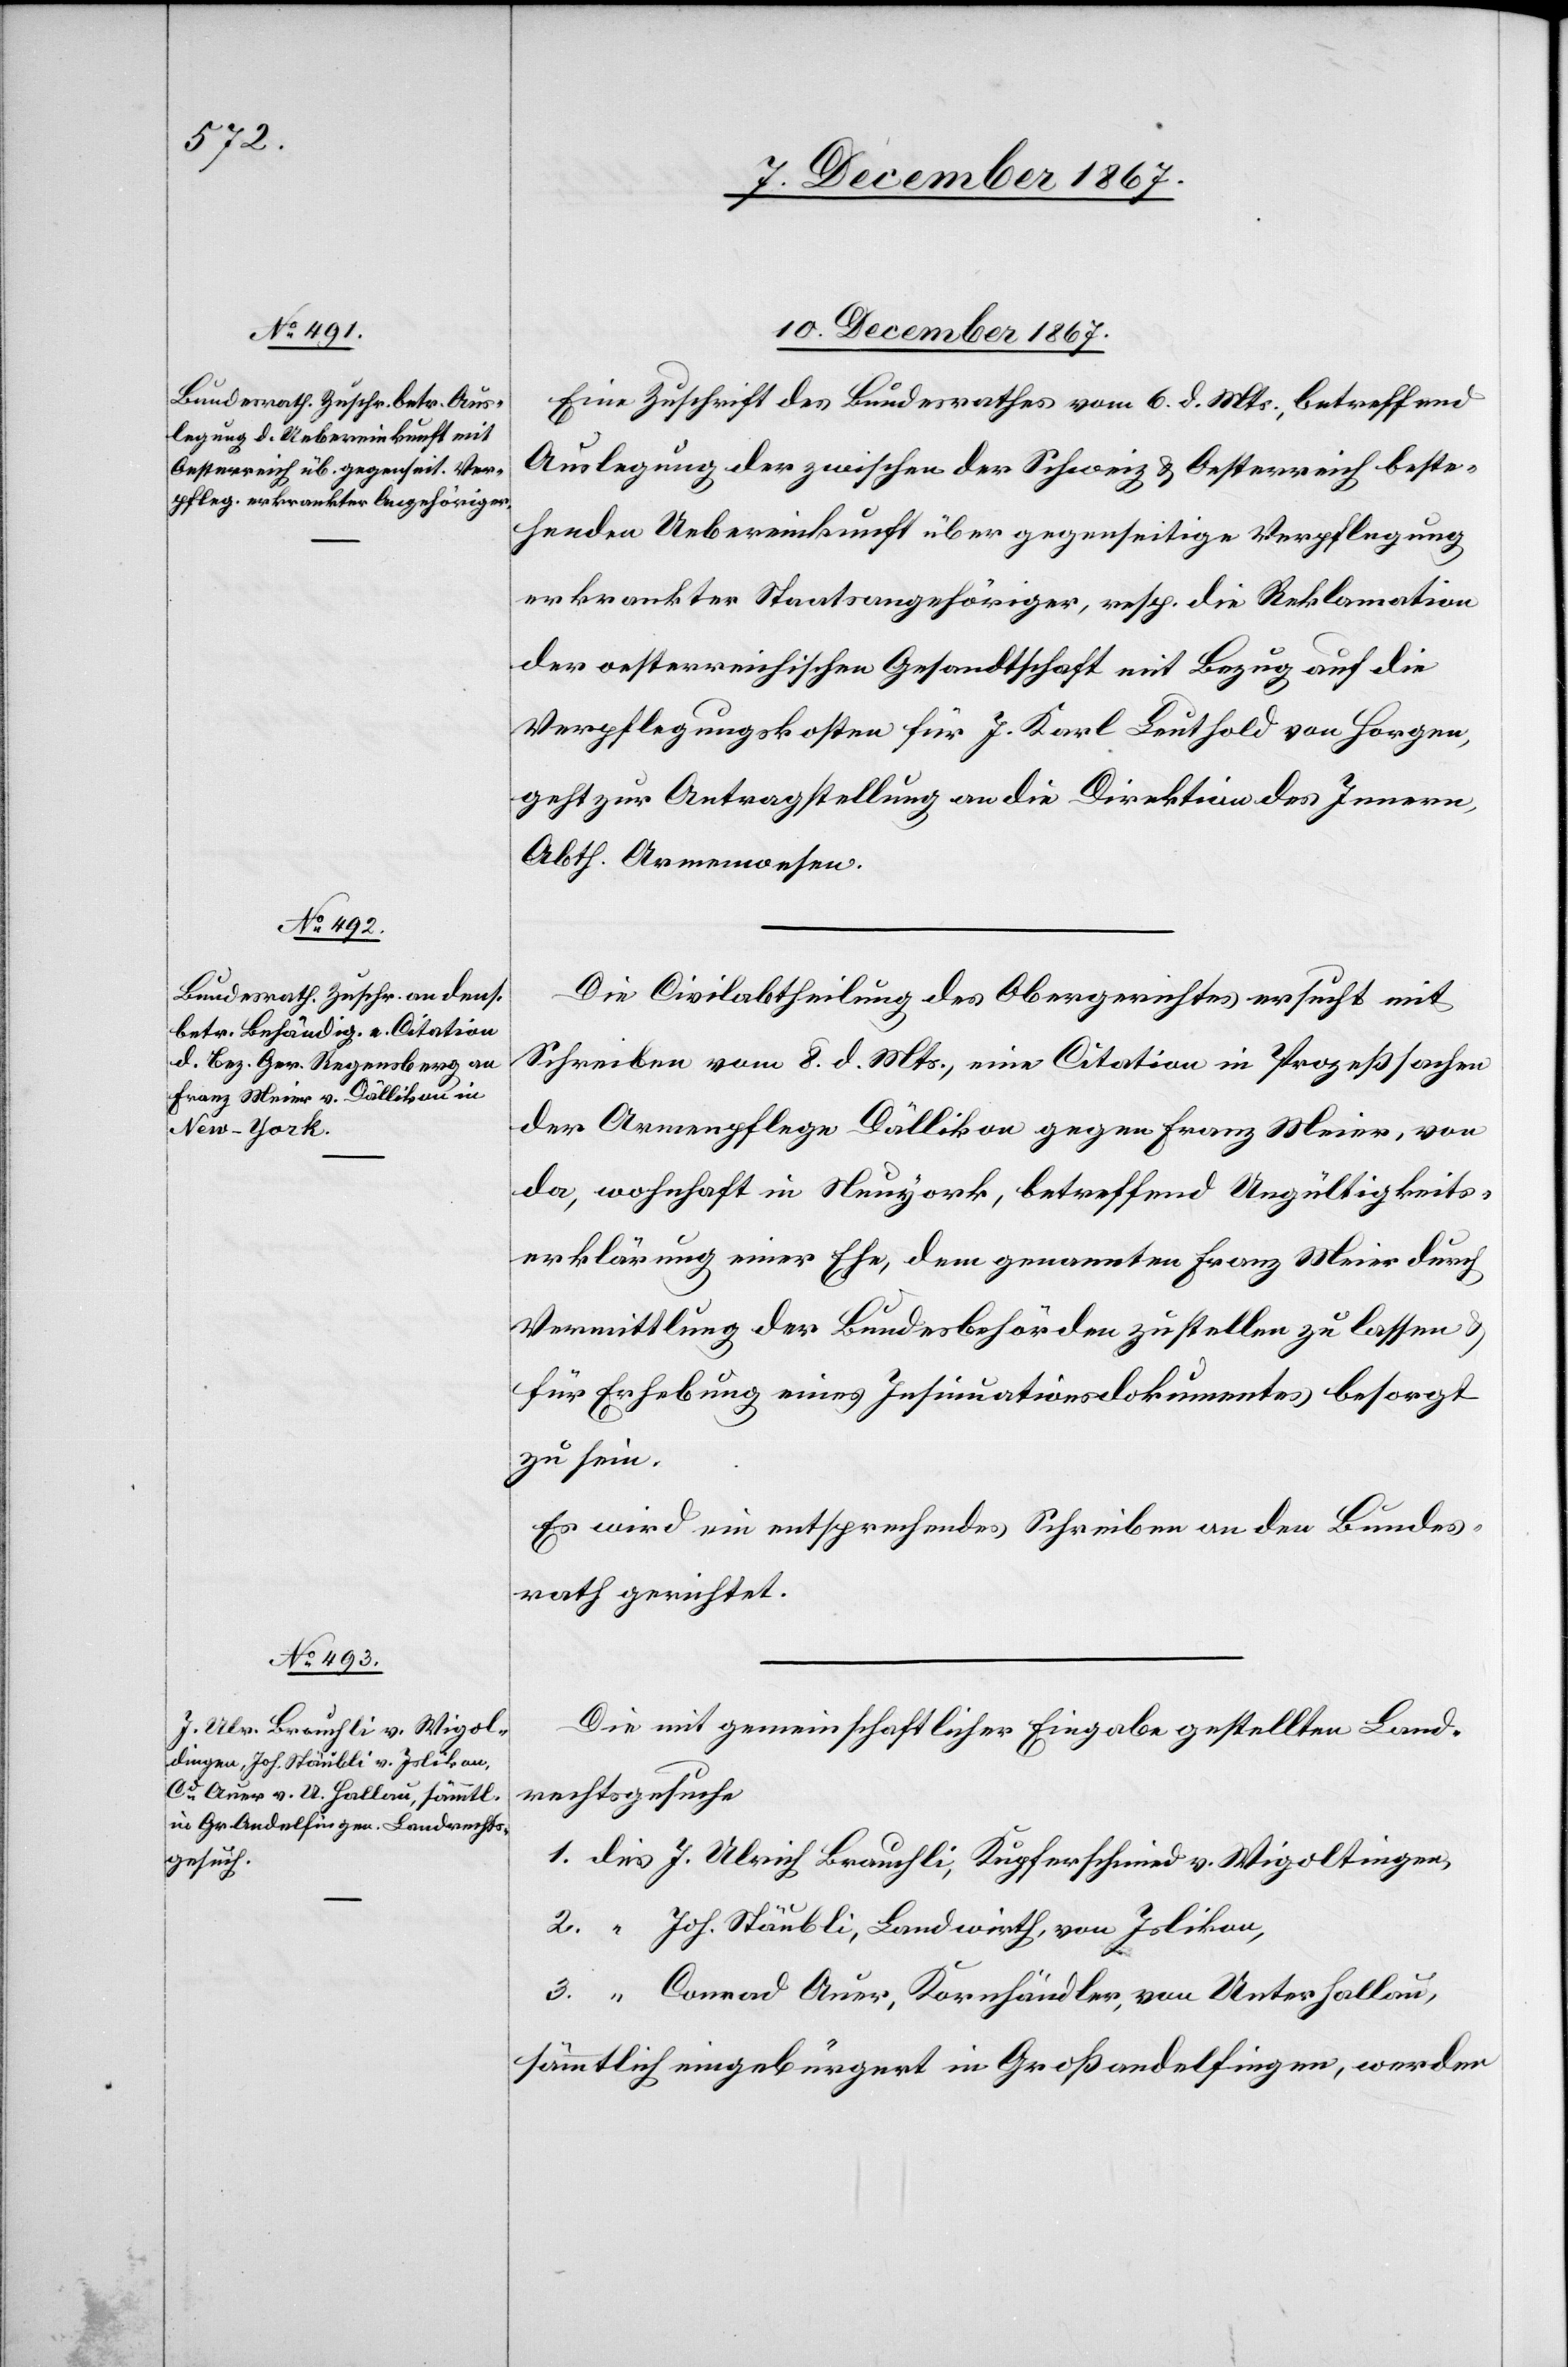
10. December 1867.]
Eine Zuschrift des Bundesrathes vom 6. d. Mts., betreffend
Auslegung der zwischen der Schweiz u. Oesterreich beste¬
henden Uebereinkunft über gegenseitige Verpflegung
erkrankter Staatsagehöriger, resp. die Reklamation
der oesterreichischen Gesandtschaft mit Bezug auf die
Verpflegungskosten für J. Karl Leuthold von Horgen,
geht zur Antragstellung an die Direktion des Innern,
Abth. Armenwesen.
Die Civilabtheilung des Obergerichtes ersucht mit
Schreiben vom 8. d. Mts., eine Citation in Prozeßsachen
der Armenpflege Dällikon gegen Franz Meier, von
da, wohnhaft in Neuyork [sic!], betreffend Ungültigkeits¬
erklärung einer Ehe, dem genannten Franz Meier durch
Vermittlung der Bundesbehörden zustellen zu lassen
für Erhebung eines Insinuationsdokumentes besorgt
zu sein.
Es wird ein entsprechendes Schreiben an den Bundes¬
rath gerichtet.
Die mit gemeinschaftlicher Eingabe gestellten Land¬
rechtsgesuche
Joh. Stäubli, Landwirth, von Islikon,
Conrad Auer, Kornhändler, von Unterhallau,
sämmtlich eingebürgert in Großandelfingen, werden